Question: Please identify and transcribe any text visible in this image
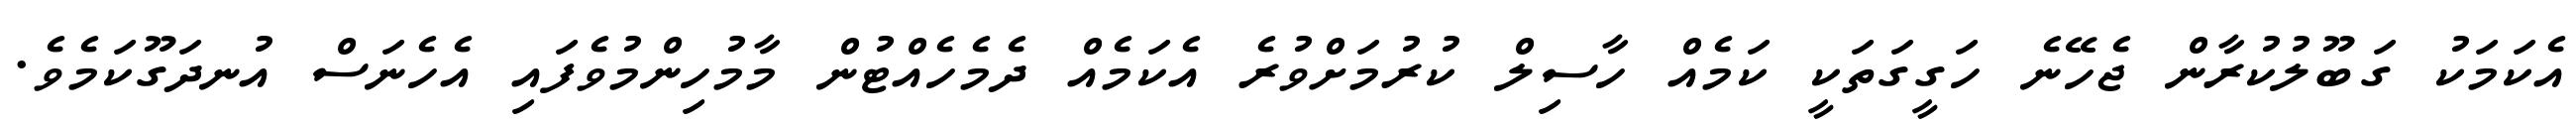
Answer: އެކަމަކު ގަބޫލުކުރާން ޖެހޭނެ ހަގީގަތަކީ ކަމެއް ހާސިލް ކުރުމަށްވުރެ އެކަމެއް ދެމެހެއްޓުން މާމުހިންމުވެފައި އެހެނަސް އުނދަގޫކަމެވެ.